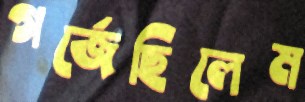
গর্জেছিলেম